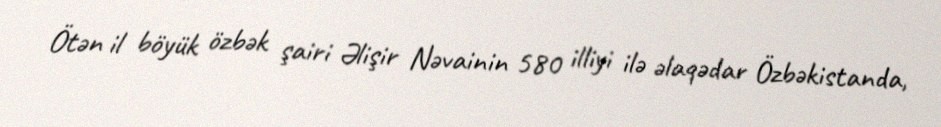
Ötən il böyük özbək şairi Əlişir Nəvainin 580 illiyi ilə əlaqədar Özbəkistanda,